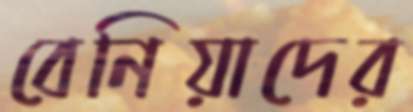
বেনিয়াদের